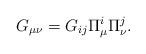
LaTeX: \begin{align*}G_{\mu \nu} = G_{ij}\Pi^{i}_{\mu} \Pi^{j}_{\nu} .\end{align*}